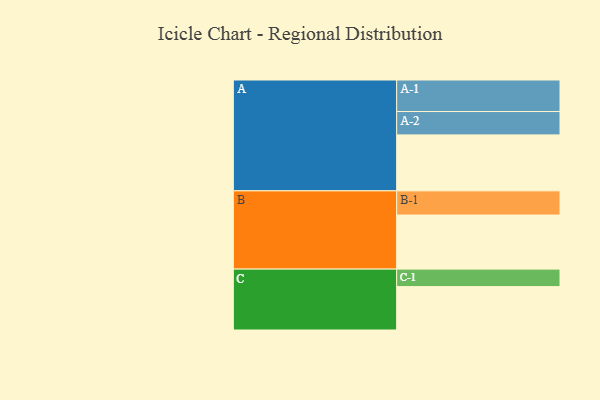
{"axis": {"x": "Segment", "y": "Value"}, "legend": ["", "A", "B", "C"], "data": [{"x": "A", "y": 467, "type": ""}, {"x": "B", "y": 451, "type": ""}, {"x": "C", "y": 362, "type": ""}, {"x": "A-1", "y": 263, "type": "A"}, {"x": "A-2", "y": 195, "type": "A"}, {"x": "B-1", "y": 202, "type": "B"}, {"x": "C-1", "y": 146, "type": "C"}]}